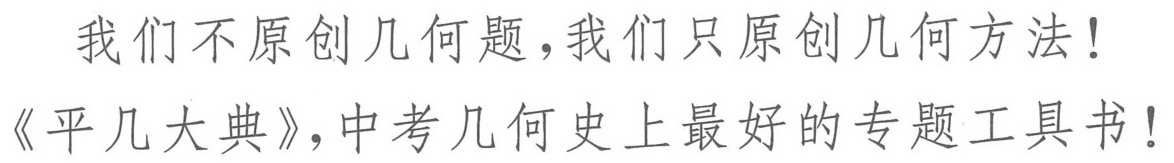
我们不原创几何题，我们只原创几何方法！
《平几大典》，中考几何史上最好的专题工具书！